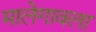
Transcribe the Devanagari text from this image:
मालेगावला